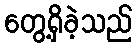
တွေ့ရှိခဲ့သည်